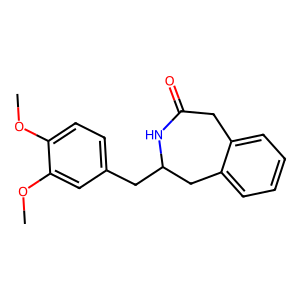
SMILES: COc1ccc(CC2Cc3ccccc3CC(=O)N2)cc1OC
Inhibits HIV replication: No